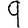
Digit: 9